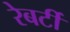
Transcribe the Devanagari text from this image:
रेबर्टी